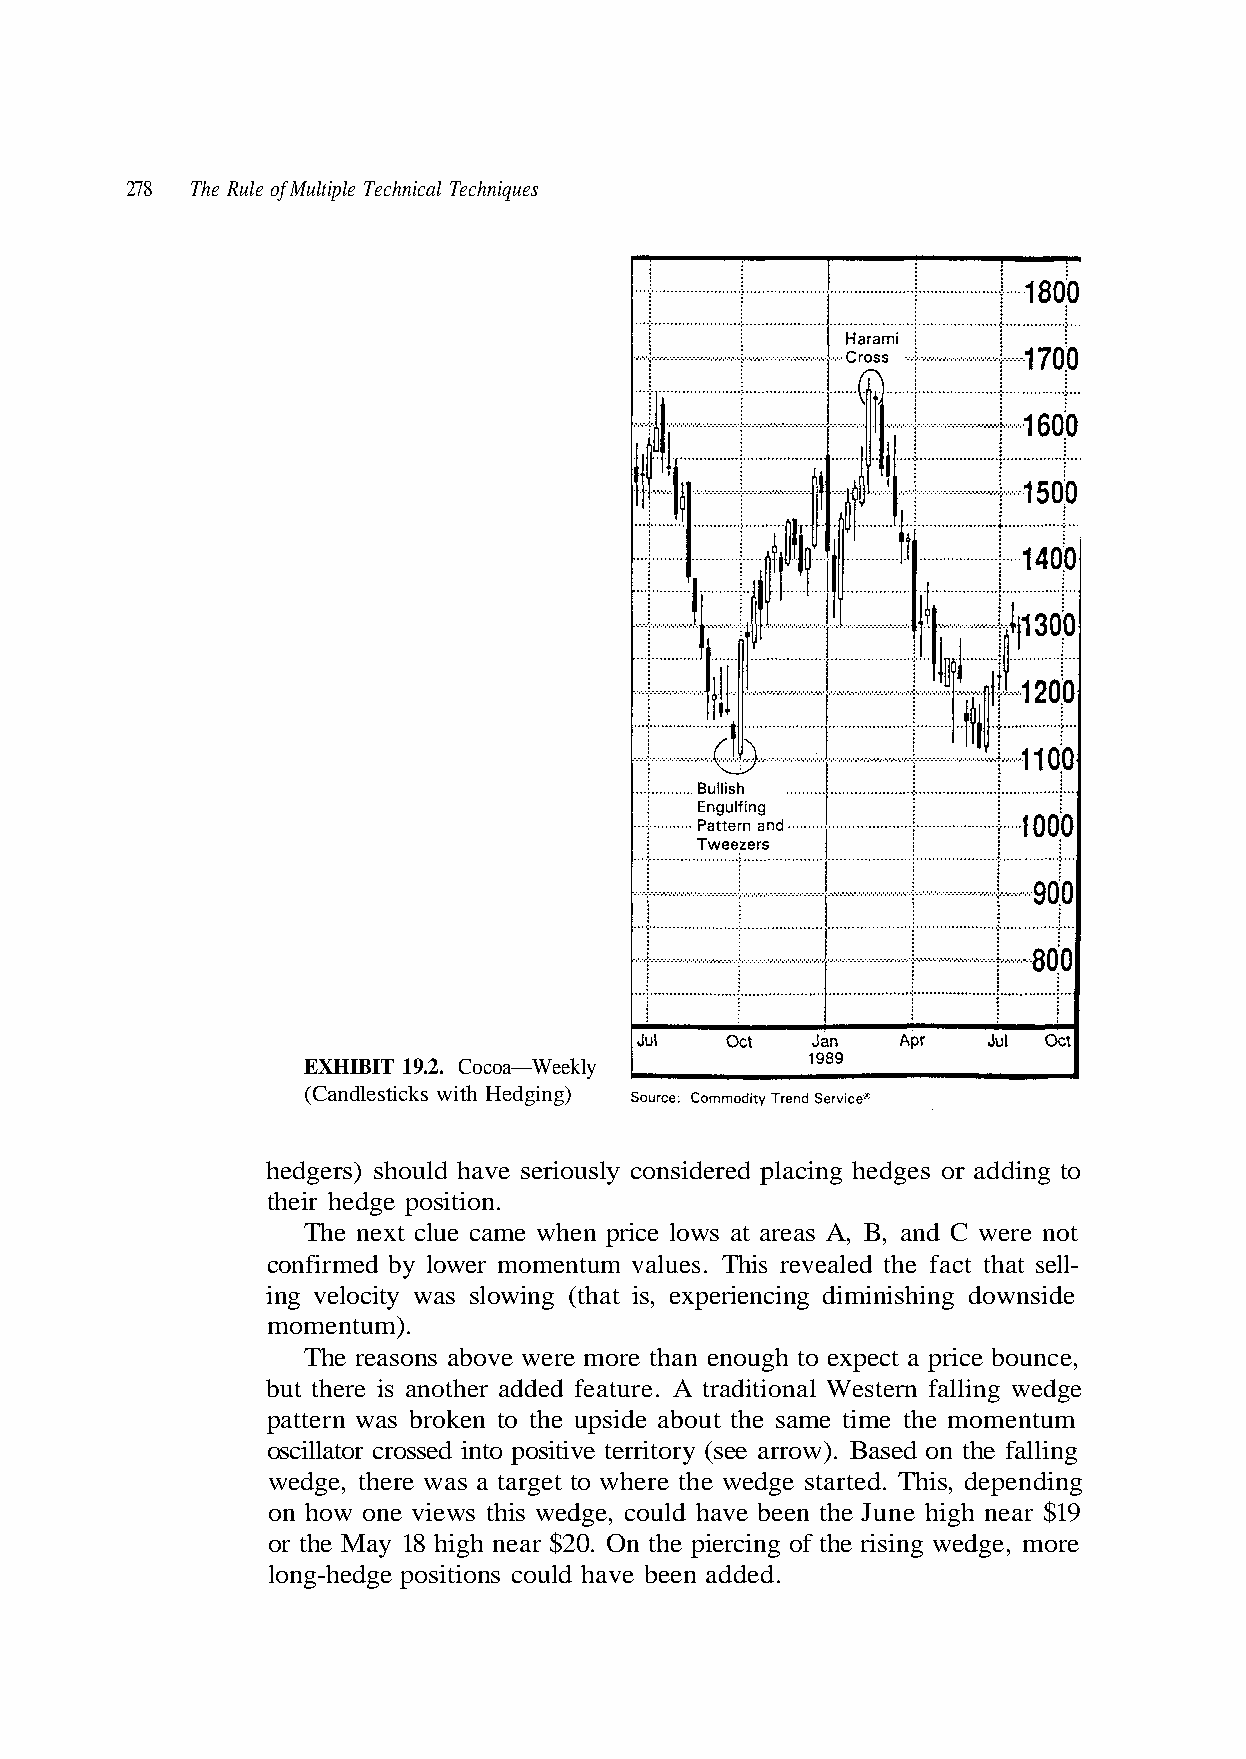
278  The Rule of Multiple Technical Techniques
 (Candlesticks with Hedging)
 hedgers) should have seriously considered placing hedges or adding to
 their hedge position.
 confirmed by lower momentum values. This revealed the fact that sell-
 momentum).
 The reasons above were more than enough to expect a price bounce,
 but there is another added feature. A traditional Western falling wedge
 pattern was broken to the upside about the same time the momentum
 oscillator crossed into positive territory (see arrow). Based on the falling
 wedge, there was a target to where the wedge started. This, depending
 long-hedge positions could have been added.
 t o n e r e w C d n a , B , A
 y
 s a
 l
 e
 k
 r
 e
 a
 e
 t a
 W
 s w
 e
 —
 d
 o
 nsi w
 l
 o
 a
 d
 e
 o
 c
 ng
 c
 ri
 shi
 o
 p
 mini
 C
 n
 di
 e
 g n
 h
 ci n
 w
 e
 .
 ri
 2
 xpe
 .
 e
 e
 9
 m
 s, i
 1
 a
 at
 c
 (th
 T
 e
 ng
 u
 wi
 I
 o
 B
 cl
 s sl a
 t
 w
 I
 x
 y
 H
 e
 cit
 n
 o el
 EX
 he
 ing v
 on how one views this wedge, could have been the June high near $19
 or the May 18 high near $20. On the piercing of the rising wedge, more
 T